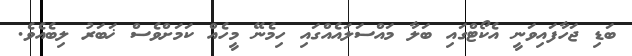
ބަޑި ޖަހާފައިވަނީ އެކޯޓްގައި ބަލާ މައްސަލައެއްގައި ހިމެނޭ މީހެއް ކަމަށްވެސް ޚަބަރު ލިބެއެވެ.